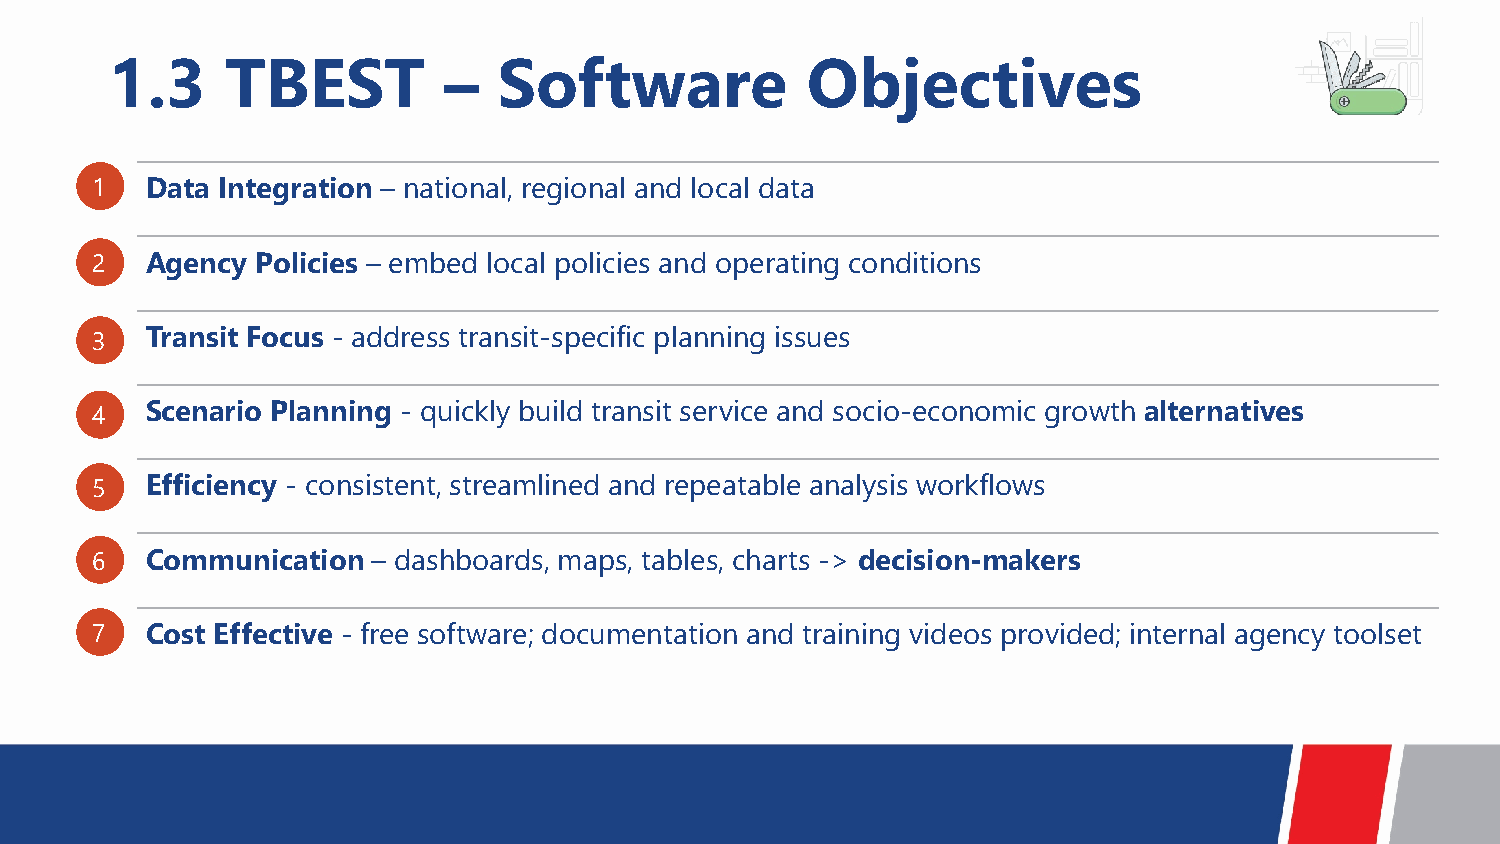
1.3     TBEST         –   Software            Objectives
 1   Data Integration – national, regional and local data
 2   Agency Policies – embed local policies and operating conditions
 3   Transit Focus - address transit-specific planning issues
 4   Scenario Planning - quickly build transit service and socio-economic growth alternatives
 5   Efficiency - consistent, streamlined and repeatable analysis workflows
 6   Communication  – dashboards, maps, tables, charts -> decision-makers
 7   Cost Effective - free software; documentation and training videos provided; internal agency toolset